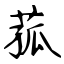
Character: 菰